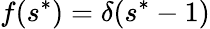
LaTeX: f(s^{*})=\delta(s^{*}-1)